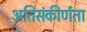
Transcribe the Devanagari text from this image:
अतिसंकीर्णता